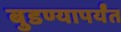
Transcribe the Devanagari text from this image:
बुडण्यापर्यंत